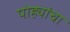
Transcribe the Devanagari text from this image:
पोह्यांचा